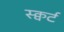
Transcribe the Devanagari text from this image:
स्क्वर्ट